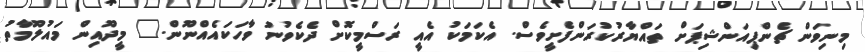
މިނިވަން ޗެންޕިއަންޝިޕަށް ތައްޔާރުކުރަންފެށީވެސް. އެކަމަކު އެއީ ރަސްމީކޮށް ދެކެވުނު ވާހަކައެއްނޫން." މީދޫއިން މައުލޫމާތު